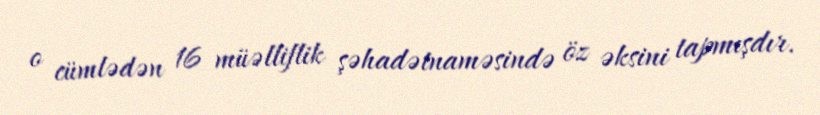
o cümlədən 16 müəlliflik şəhadətnaməsində öz əksini tapmışdır.